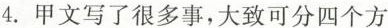
4.甲文写了很多事，大致可分四个方